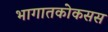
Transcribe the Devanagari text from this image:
भागातकोकसस